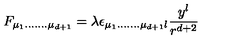
F _ { \mu _ { 1 } . . . . . . . \mu _ { d + 1 } } = \lambda \epsilon _ { \mu _ { 1 } . . . . . . . \mu _ { d + 1 } l } \frac { y ^ { l } } { r ^ { d + 2 } }